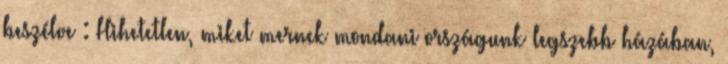
beszélve : Hihetetlen, miket mernek mondani országunk legszebb házában,